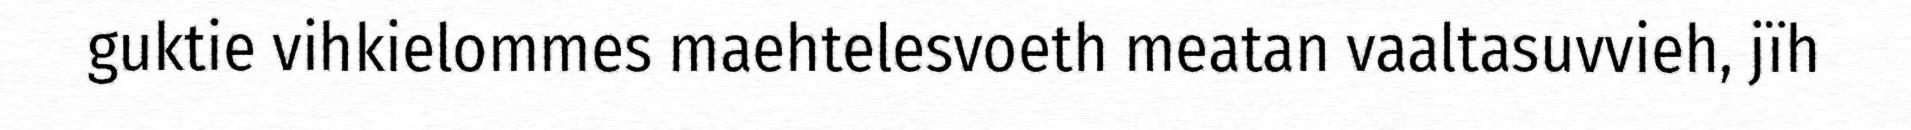
guktie vihkielommes maehtelesvoeth meatan vaaltasuvvieh, jïh